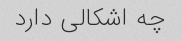
چه اشکالی دارد